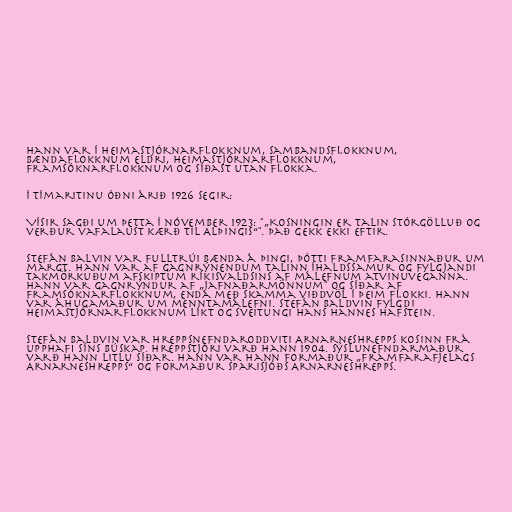
Hann var í Heimastjórnarflokknum, Sambandsflokknum,
Bændaflokknum eldri, Heimastjórnarflokknum,
Framsóknarflokknum og síðast utan flokka.

Í tímaritinu Óðni árið 1926 segir:

Vísir sagði um þetta í nóvember 1923: "„Kosningin er talin stórgölluð og
verður vafalaust kærð til Alþingis“". Það gekk ekki eftir.

Stefán Balvin var fulltrúi bænda á þingi, þótti framfarasinnaður um
margt. Hann var af gagnrýnendum talinn íhaldssamur og fylgjandi
takmörkuðum afskiptum ríkisvaldsins af málefnum atvinuveganna.
Hann var gagnrýndur af „jafnaðarmönnum" og síðar af
Framsóknarflokknum, enda með skamma viðdvöl í þeim flokki. Hann
var áhugamaður um menntamálefni. Stefán Baldvin fylgdi
Heimastjórnarflokknum líkt og sveitungi hans Hannes Hafstein.

Stefán Baldvin var hreppsnefndaroddviti Arnarneshrepps kosinn frá
upphafi síns búskap. Hreppstjóri varð hann 1904. Sýslunefndarmaður
varð hann litlu síðar. Hann var hann formaður „Framfarafjelags
Arnarneshrepps“ og formaður Sparisjóðs Arnarneshrepps.